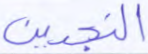
النجدين